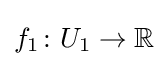
f_{1}\colon U_{1}\to \mathbb {R}